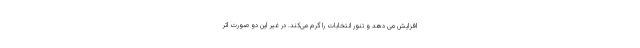
افزایش می دهد و تنور انتخابات را گرم می‌کند. در غیر این دو صورت اثر